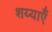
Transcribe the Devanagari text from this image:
शय्याएँ